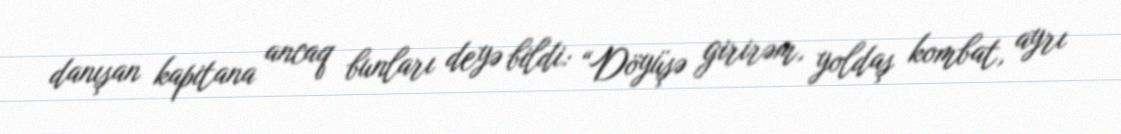
danışan kapitana ancaq bunları deyə bildi: “Döyüşə girirəm, yoldaş kombat, ayrı